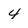
Character: 4